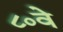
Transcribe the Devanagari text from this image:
८०वे